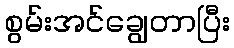
စွမ်းအင်ချွေတာပြီး